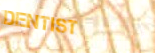
DENTIST